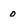
Character: 0